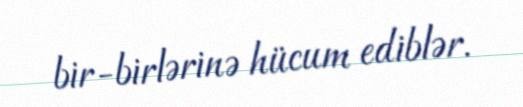
bir-birlərinə hücum ediblər.